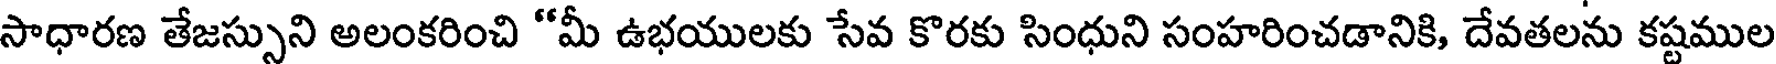
సాధారణ తేజస్సుని అలంకరించి "మీ ఉభయులకు సేవ కొరకు సింధుని సంహరించడానికి, దేవతలను కష్టముల